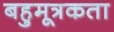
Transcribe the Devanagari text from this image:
बहुमूत्रकता